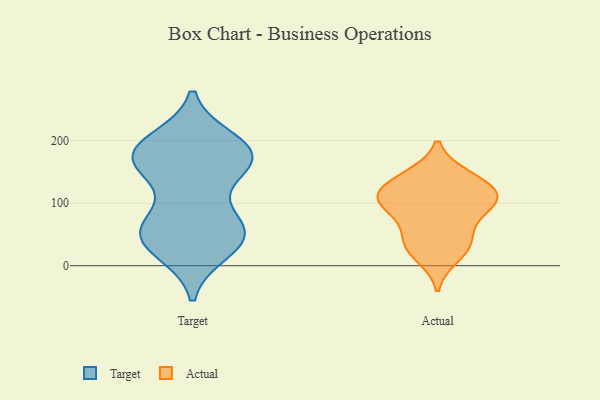
{"axis": {"x": "Temperature (°C)", "y": "Value"}, "legend": ["Actual", "Target"], "data": [{"x": "", "y": 56, "type": "Target"}, {"x": "", "y": 53, "type": "Target"}, {"x": "", "y": 68, "type": "Target"}, {"x": "", "y": 182, "type": "Target"}, {"x": "", "y": 38, "type": "Target"}, {"x": "", "y": 160, "type": "Target"}, {"x": "", "y": 156, "type": "Target"}, {"x": "", "y": 181, "type": "Target"}, {"x": "", "y": 176, "type": "Target"}, {"x": "", "y": 175, "type": "Target"}, {"x": "", "y": 26, "type": "Target"}, {"x": "", "y": 59, "type": "Target"}, {"x": "", "y": 47, "type": "Target"}, {"x": "", "y": 175, "type": "Target"}, {"x": "", "y": 197, "type": "Target"}, {"x": "", "y": 144, "type": "Actual"}, {"x": "", "y": 29, "type": "Actual"}, {"x": "", "y": 117, "type": "Actual"}, {"x": "", "y": 123, "type": "Actual"}, {"x": "", "y": 110, "type": "Actual"}, {"x": "", "y": 85, "type": "Actual"}, {"x": "", "y": 40, "type": "Actual"}, {"x": "", "y": 107, "type": "Actual"}, {"x": "", "y": 14, "type": "Actual"}, {"x": "", "y": 47, "type": "Actual"}, {"x": "", "y": 143, "type": "Actual"}, {"x": "", "y": 88, "type": "Actual"}, {"x": "", "y": 105, "type": "Actual"}]}